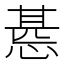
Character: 𢝖